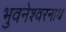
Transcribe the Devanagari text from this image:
भुवनेश्‍वरनाथ